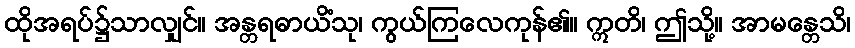
ထိုအရပ်၌သာလျှင်။ အန္တရဓာယိံသု၊ ကွယ်ကြလေကုန်၏။ ဣတိ၊ ဤသို့။ အာမန္တေသိ၊